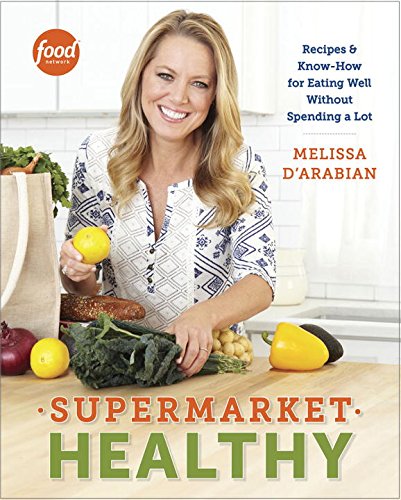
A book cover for Supermarket Healthy: Recipes and Know-How for Eating Well Without Spending a Lot; Melissa d'Arabian; Cookbooks, Food & Wine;